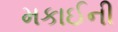
મકાઈની